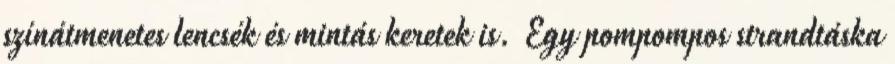
színátmenetes lencsék és mintás keretek is. Egy pompompos strandtáska